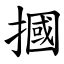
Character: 摑